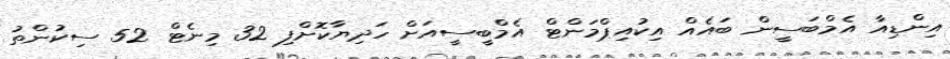
އިންޑިއާ އެމްބަސީން ބައެއް އިކުއިޕްމަންޓް އެމްބީސީއަށް ހަދިޔާކޮށްފި 32 މިނެޓް 52 ސިކުންތު